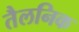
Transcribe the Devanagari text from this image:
तैलनिक